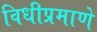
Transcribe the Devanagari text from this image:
विधीप्रमाणे